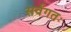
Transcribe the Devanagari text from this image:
सर्वगतः